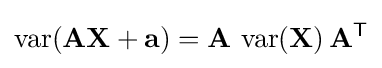
\operatorname {var} (\mathbf {AX} +\mathbf {a} )=\mathbf {A} \,\operatorname {var} (\mathbf {X} )\,\mathbf {A} ^{\mathsf {T}}